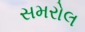
સમરોલ